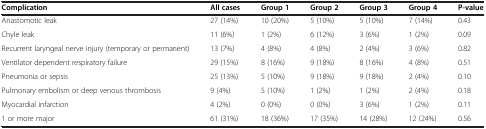
| Complication | All cases | Group 1 | Group 2 | Group 3 | Group 4 | P-value |
 | --- | --- | --- | --- | --- | --- | --- |
 | Anastomotic leak | 27 (14%) | 10 (20%) | 5 (10%) | 5 (10%) | 7 (14%) | 0.43 |
 | Chyle leak | 11 (6%) | 1 (2%) | 6 (12%) | 3 (6%) | 1 (2%) | 0.09 |
 | Recurrent laryngeal nerve injury (temporary or permanent) | 13 (7%) | 4 (8%) | 4 (8%) | 2 (4%) | 3 (6%) | 0.82 |
 | Ventilator dependent respiratory failure | 29 (15%) | 8 (16%) | 9 (18%) | 8 (16%) | 4 (8%) | 0.51 |
 | Pneumonia or sepsis | 25 (13%) | 5 (10%) | 9 (18%) | 9 (18%) | 2 (4%) | 0.10 |
 | Pulmonary embolism or deep venous thrombosis | 9 (4%) | 5 (10%) | 1 (2%) | 1 (2%) | 2 (4%) | 0.18 |
 | Myocardial infarction | 4 (2%) | 0 (0%) | 0 (0%) | 3 (6%) | 1 (2%) | 0.11 |
 | 1 or more major† | 61 (31%) | 18 (36%) | 17 (35%) | 14 (28%) | 12 (24%) | 0.56 |